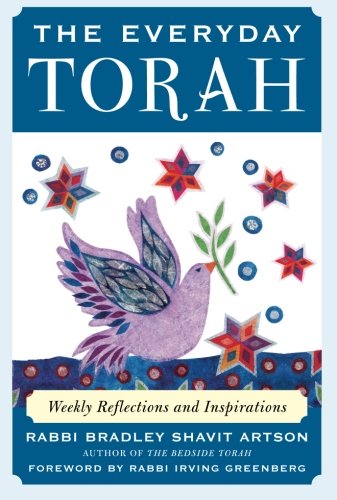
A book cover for The Everyday Torah: Weekly Reflections and Inspirations; Bradley Artson; Religion & Spirituality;